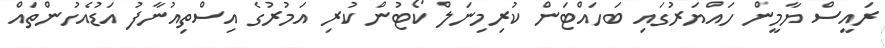
ރައީސް ޔާމީން ހައްޔަރުގައި ބަހައްޓަން ކުރިމިނަލް ކޯޓުން ކުރި އަމުރުގެ އިސްތިއުނާފު އަޑުއެހުންތައް